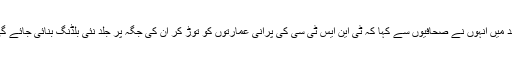
بعد میں انہوں نے صحافیوں سے کہا کہ ٹی این ایس ٹی سی کی پرانی عمارتوں کو توڑ کر ان کی جگہ پر جلد نئی بلڈنگ بنائی جائے گی۔